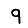
Digit: 9